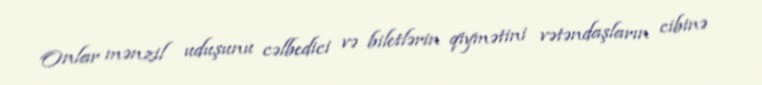
Onlar mənzil uduşunu cəlbedici və biletlərin qiymətini vətəndaşların cibinə